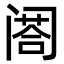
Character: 𨸉